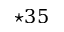
\star 3 5